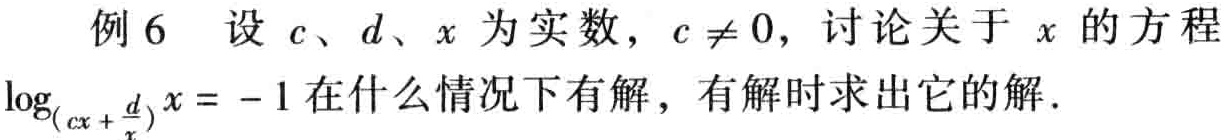
例 6 设 \(c、d、x\) 为实数，\(c \neq 0\)，讨论关于 \(x\) 的方程\(\log_{(cx + \frac{d}{x})}x = -1\)在什么情况下有解，有解时求出它的解.